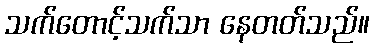
သက်တောင့်သက်သာ နေတတ်သည်။